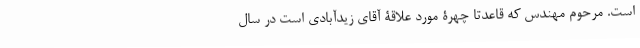
است. مرحوم مهندس که قاعدتاً چهرۀ مورد علاقۀ آقای زیدآبادی است در سال